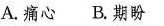
A.痛心 B.期盼